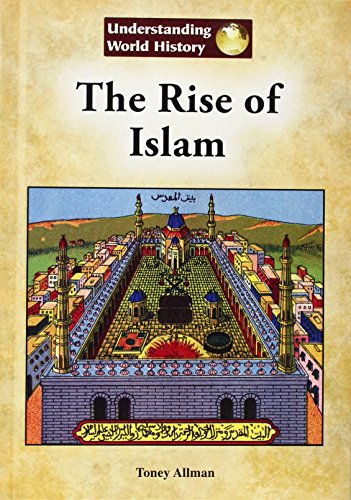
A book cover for The Rise of Islam (Understanding World History (Reference Point)); Toney Allman; Teen & Young Adult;